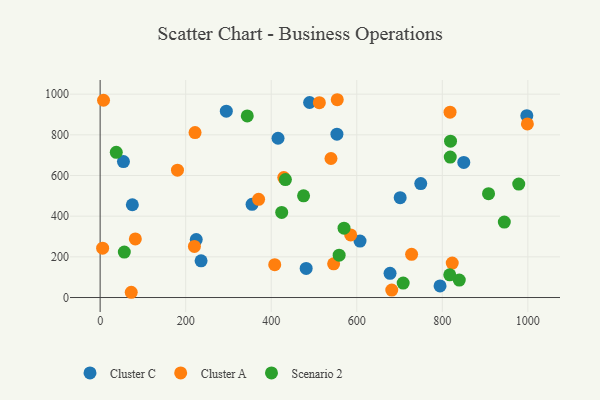
{"axis": {"x": "Price", "y": "Profit"}, "legend": ["Cluster A", "Cluster C", "Scenario 2"], "data": [{"x": "489.7", "y": 959.1, "type": "Cluster C"}, {"x": "794.7", "y": 56.9, "type": "Cluster C"}, {"x": "677.8", "y": 118.8, "type": "Cluster C"}, {"x": "224.7", "y": 284.8, "type": "Cluster C"}, {"x": "701.5", "y": 491.1, "type": "Cluster C"}, {"x": "850.2", "y": 664.4, "type": "Cluster C"}, {"x": "997.6", "y": 894.3, "type": "Cluster C"}, {"x": "607.6", "y": 277.8, "type": "Cluster C"}, {"x": "295.0", "y": 916.4, "type": "Cluster C"}, {"x": "415.9", "y": 783.3, "type": "Cluster C"}, {"x": "355.2", "y": 458.3, "type": "Cluster C"}, {"x": "236.0", "y": 180.7, "type": "Cluster C"}, {"x": "75.3", "y": 456.1, "type": "Cluster C"}, {"x": "54.5", "y": 668.6, "type": "Cluster C"}, {"x": "553.6", "y": 803.3, "type": "Cluster C"}, {"x": "749.6", "y": 560.5, "type": "Cluster C"}, {"x": "481.7", "y": 143.3, "type": "Cluster C"}, {"x": "82.3", "y": 288.1, "type": "Cluster A"}, {"x": "180.8", "y": 626.4, "type": "Cluster A"}, {"x": "998.9", "y": 853.9, "type": "Cluster A"}, {"x": "554.4", "y": 972.7, "type": "Cluster A"}, {"x": "818.1", "y": 911.5, "type": "Cluster A"}, {"x": "429.3", "y": 590.1, "type": "Cluster A"}, {"x": "823.2", "y": 169.3, "type": "Cluster A"}, {"x": "220.4", "y": 251.4, "type": "Cluster A"}, {"x": "408.2", "y": 161.7, "type": "Cluster A"}, {"x": "539.7", "y": 683.7, "type": "Cluster A"}, {"x": "7.9", "y": 970.0, "type": "Cluster A"}, {"x": "221.9", "y": 811.2, "type": "Cluster A"}, {"x": "370.5", "y": 482.9, "type": "Cluster A"}, {"x": "585.8", "y": 307.8, "type": "Cluster A"}, {"x": "5.8", "y": 242.8, "type": "Cluster A"}, {"x": "545.9", "y": 165.5, "type": "Cluster A"}, {"x": "681.8", "y": 36.6, "type": "Cluster A"}, {"x": "728.2", "y": 212.3, "type": "Cluster A"}, {"x": "72.7", "y": 25.8, "type": "Cluster A"}, {"x": "512.5", "y": 958.2, "type": "Cluster A"}, {"x": "56.5", "y": 223.3, "type": "Scenario 2"}, {"x": "908.1", "y": 510.9, "type": "Scenario 2"}, {"x": "839.7", "y": 85.7, "type": "Scenario 2"}, {"x": "558.8", "y": 208.1, "type": "Scenario 2"}, {"x": "945.0", "y": 371.0, "type": "Scenario 2"}, {"x": "570.2", "y": 340.8, "type": "Scenario 2"}, {"x": "344.0", "y": 892.8, "type": "Scenario 2"}, {"x": "708.5", "y": 70.9, "type": "Scenario 2"}, {"x": "475.6", "y": 500.1, "type": "Scenario 2"}, {"x": "817.4", "y": 111.6, "type": "Scenario 2"}, {"x": "433.2", "y": 579.8, "type": "Scenario 2"}, {"x": "818.6", "y": 690.6, "type": "Scenario 2"}, {"x": "37.7", "y": 714.1, "type": "Scenario 2"}, {"x": "424.5", "y": 418.5, "type": "Scenario 2"}, {"x": "819.2", "y": 768.7, "type": "Scenario 2"}, {"x": "978.7", "y": 557.7, "type": "Scenario 2"}]}